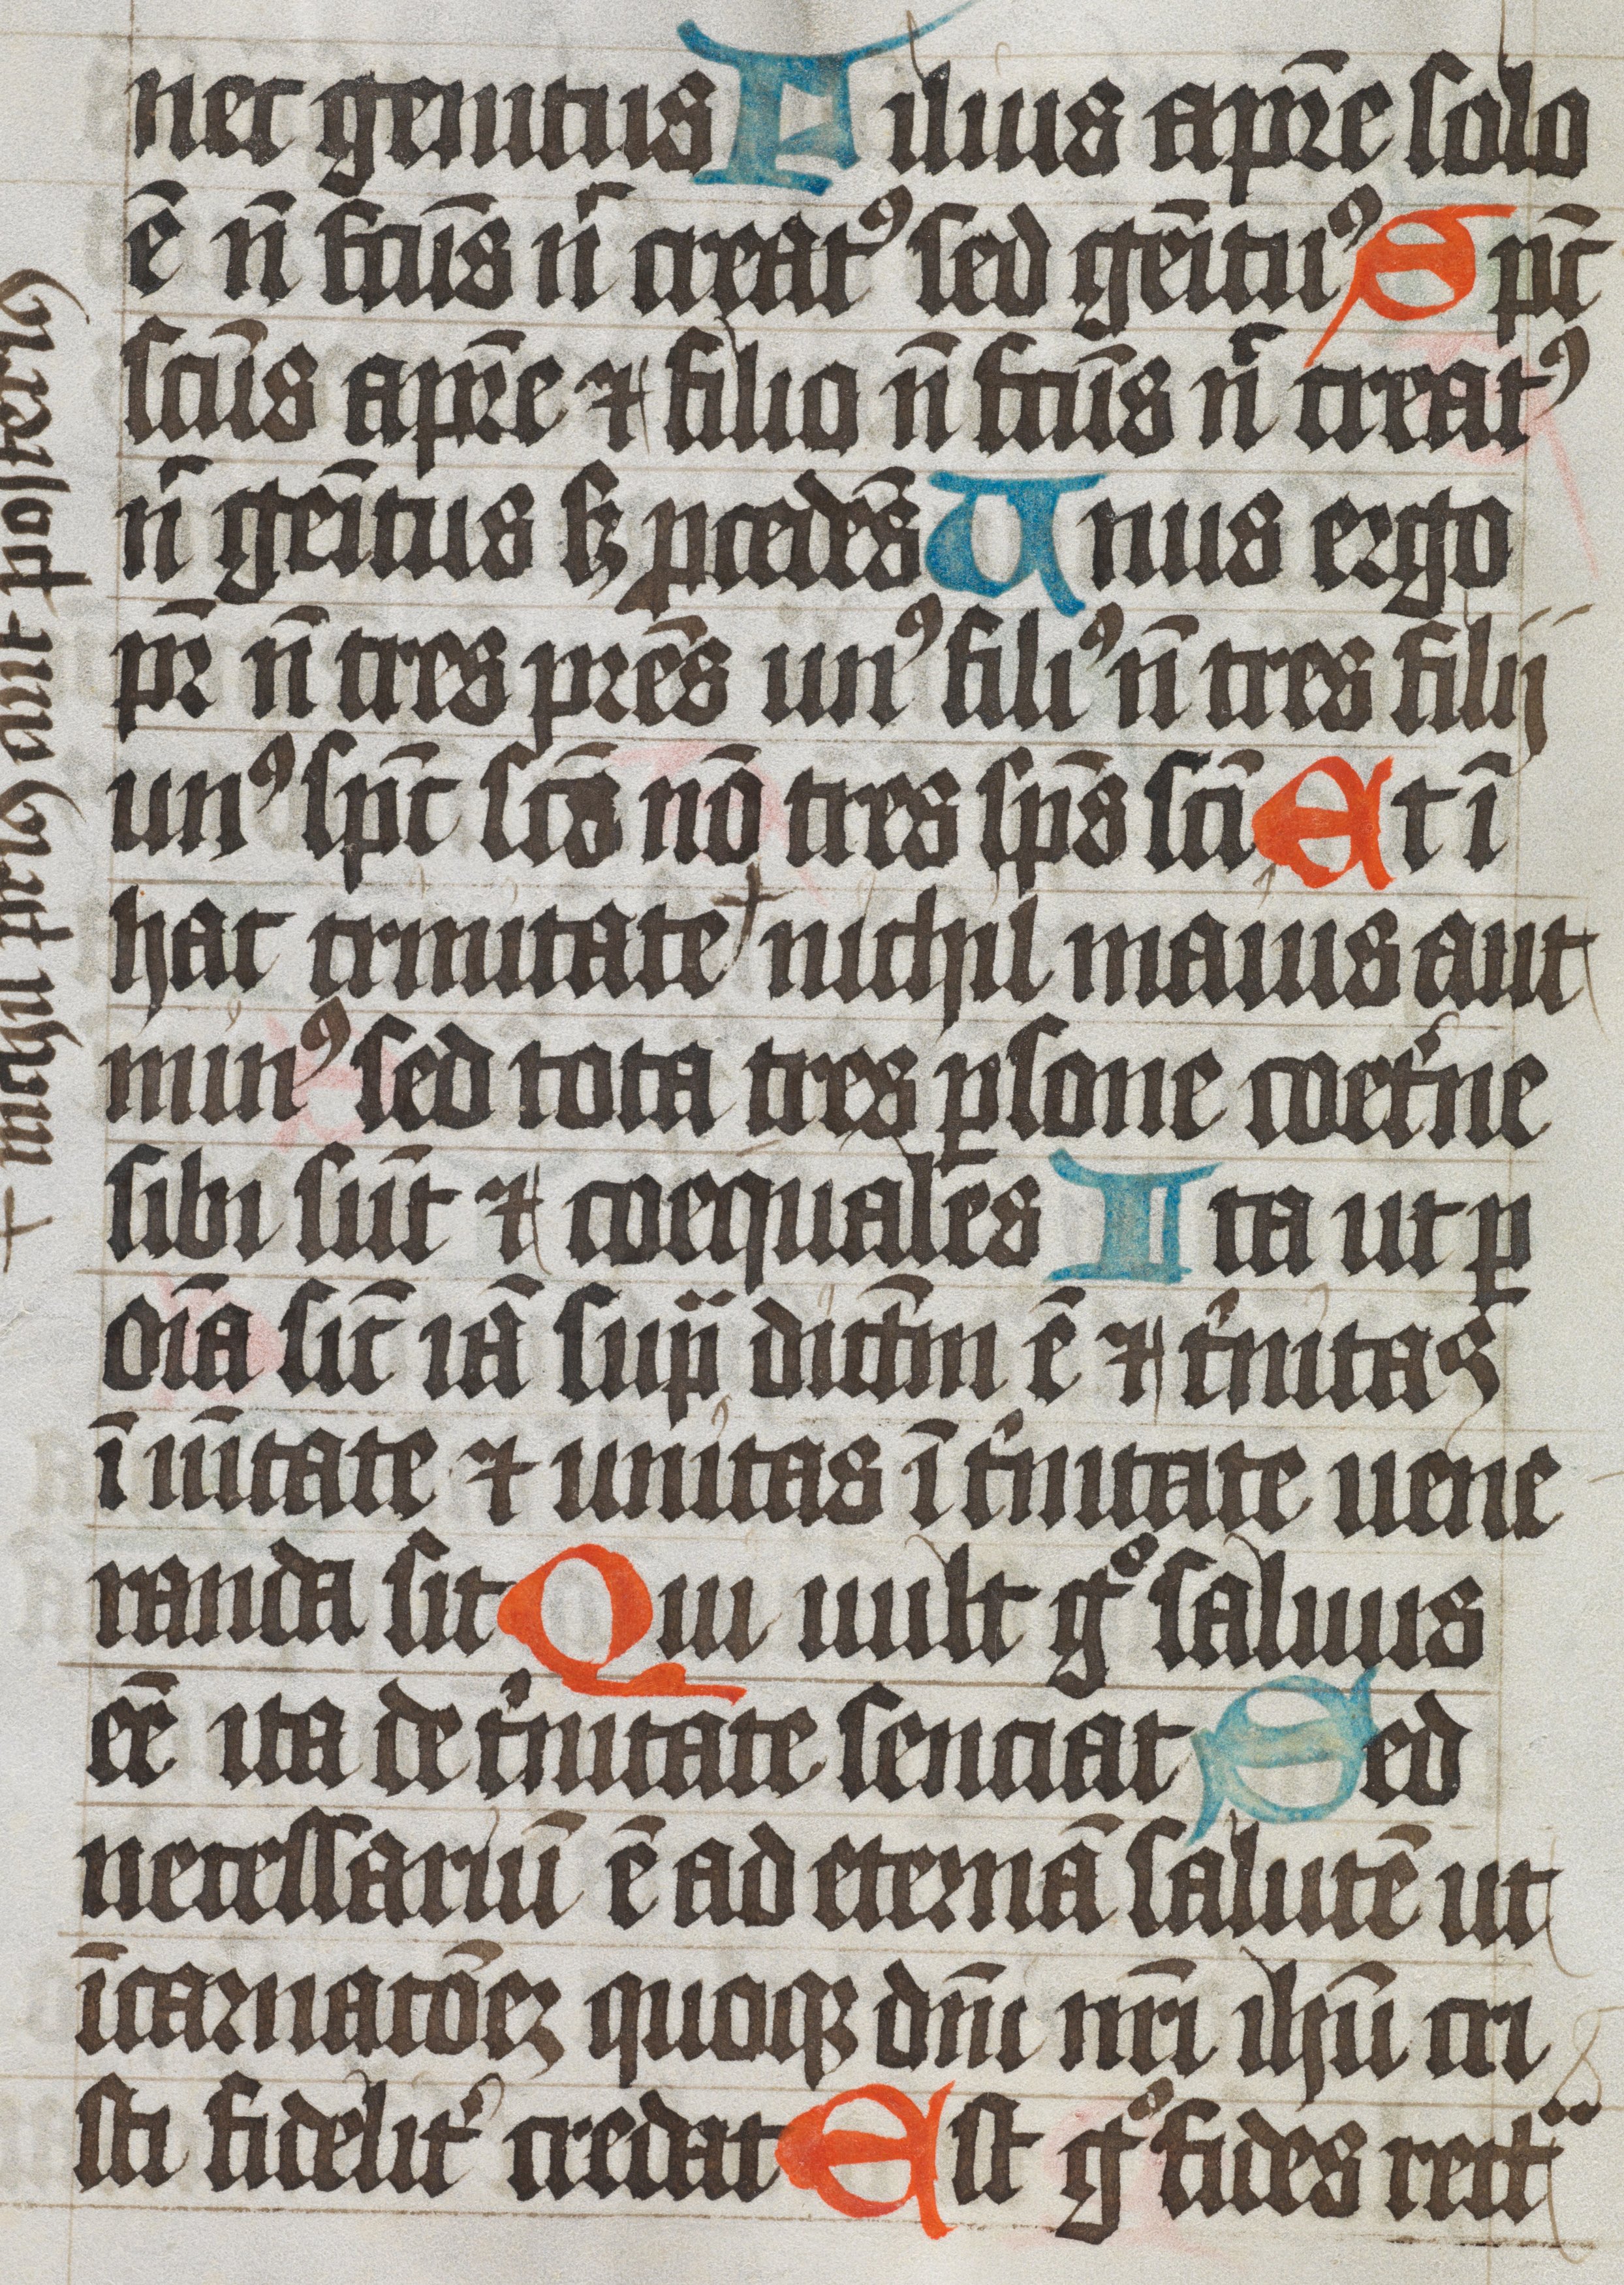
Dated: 1450–1530